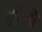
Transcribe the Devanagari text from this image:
हठीलो